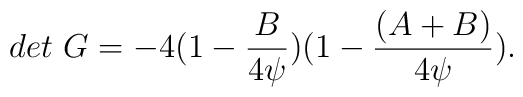
det \ G =-4(1-{B \over 4\psi}) (1 - {(A+B) \over4\psi}) .